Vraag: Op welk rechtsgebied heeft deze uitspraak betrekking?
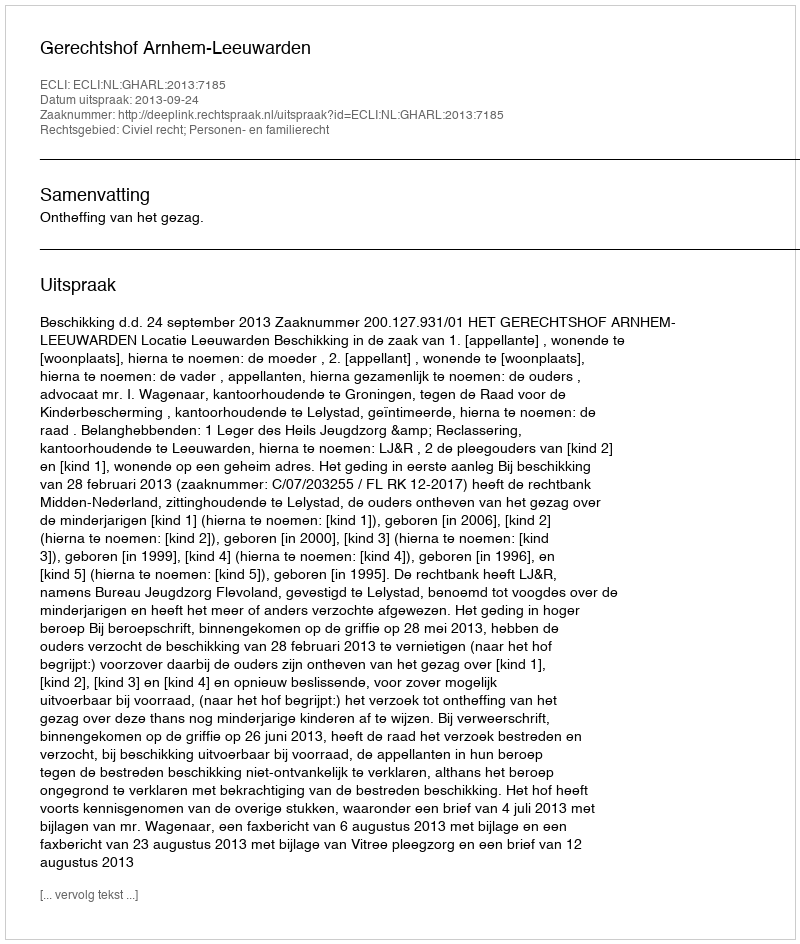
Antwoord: Civiel recht; Personen- en familierecht